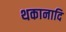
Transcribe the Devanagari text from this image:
थकानादि